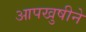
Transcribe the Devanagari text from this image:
आपखुषीने